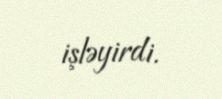
işləyirdi.